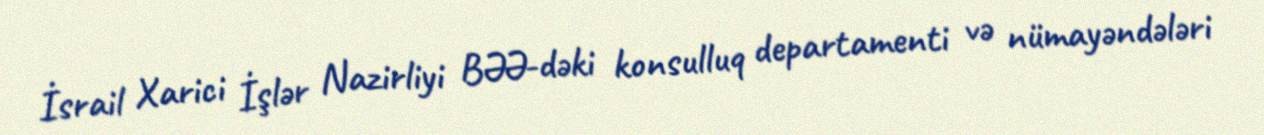
İsrail Xarici İşlər Nazirliyi BƏƏ-dəki konsulluq departamenti və nümayəndələri